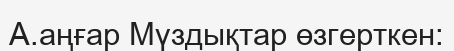
А.аңғар Мүздықтар өзгерткен: